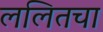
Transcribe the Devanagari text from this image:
ललितचा